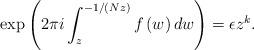
LaTeX: \begin{align*}\exp\left(2\pi i \int^{-1/(Nz)}_{z}f\left(w\right)dw\right)=\epsilon z^k.\end{align*}